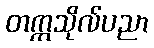
တက္ကသိုလ်ပညာ